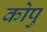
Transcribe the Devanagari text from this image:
कोपु